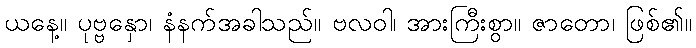
ယနေ့။ ပုဗ္ဗနှော၊ နံနက်အခါသည်။ ဗလဝါ၊ အားကြီးစွာ။ ဇာတော၊ ဖြစ်၏။